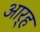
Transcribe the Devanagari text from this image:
आर्‍ह